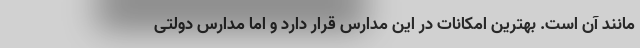
مانند آن است. بهترین امکانات در این مدارس قرار دارد و اما مدارس دولتی